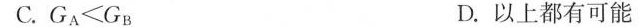
C.G _ { A } ＜ G _ { B } D.以上都有可能